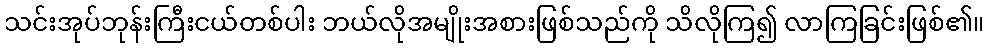
သင်းအုပ်ဘုန်းကြီးငယ်တစ်ပါး ဘယ်လိုအမျိုးအစားဖြစ်သည်ကို သိလိုကြ၍ လာကြခြင်းဖြစ်၏။